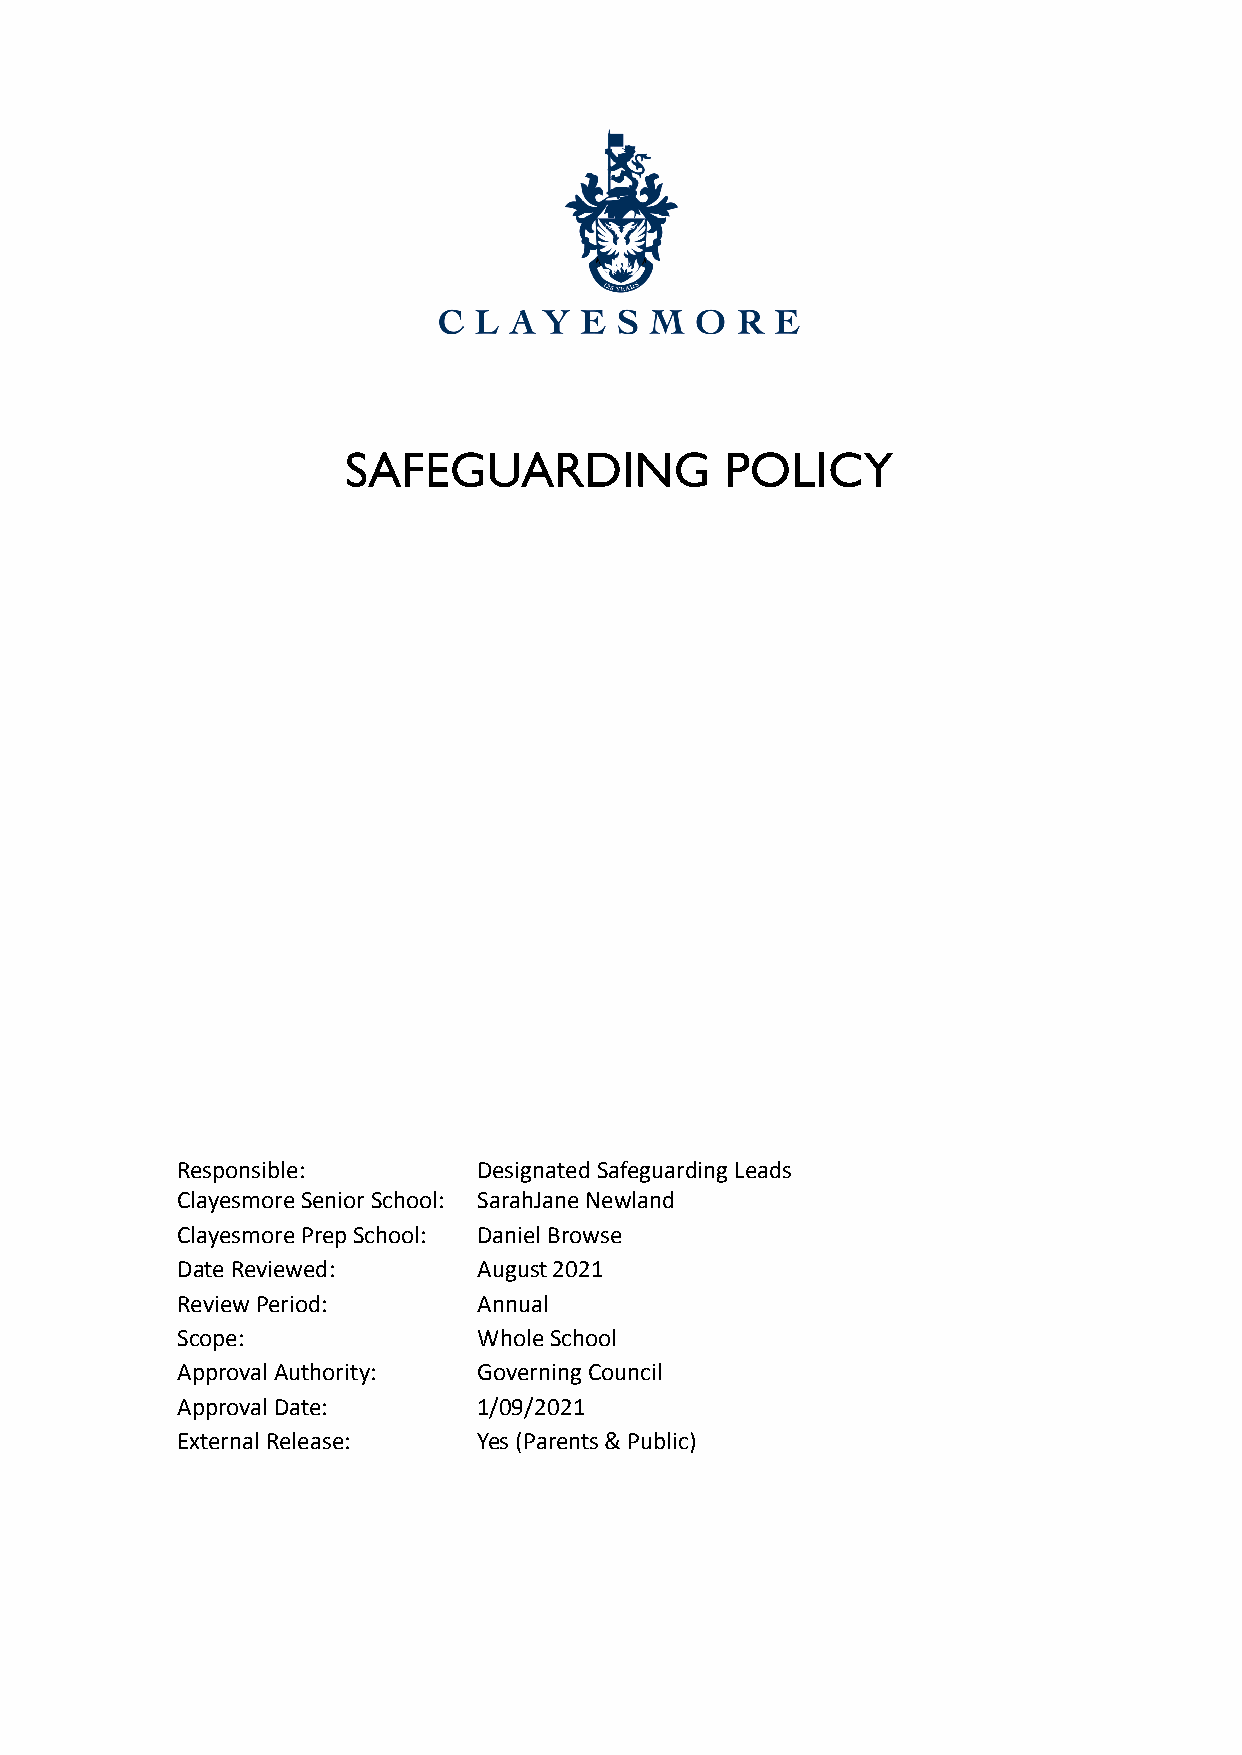
SAFEGUARDING             POLICY
 Responsible:        Designated Safeguarding Leads
 Clayesmore Senior School: SarahJane Newland
 Clayesmore Prep School: Daniel Browse
 Date Reviewed:      August 2021
 Review Period:      Annual
 Scope:              Whole School
 Approval Authority: Governing Council
 Approval Date:      1/09/2021
 External Release:   Yes (Parents & Public)